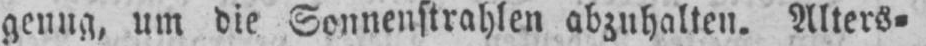
genug, um die Sonnenstrahlen abzuhalten. Alters⸗